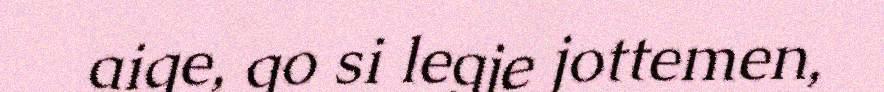
aige, go si legje jottemen,